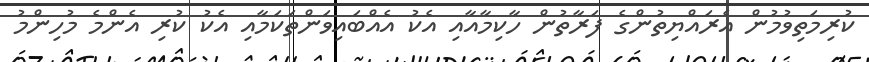
ކުރިމަތިވުމުން އެރައްޔިތުންގެ ފަރާތުން ހާކިމާއާއި އެކު އެއްބައިވަންތަކަމާއި އެކު ކުރި އެންމެ މުހިންމު